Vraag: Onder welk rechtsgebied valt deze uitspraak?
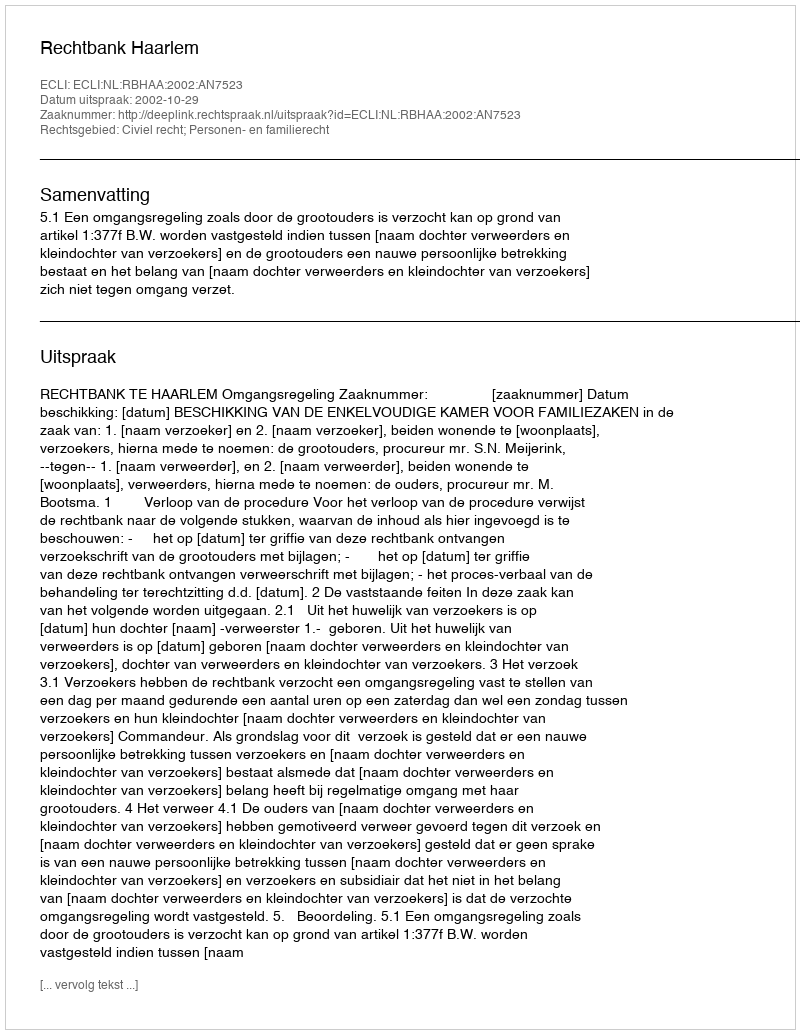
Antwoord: Civiel recht; Personen- en familierecht